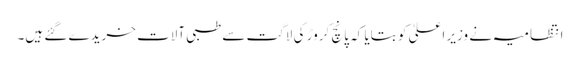
انتظامیہ نے وزیر اعلیٰ کو بتایا کہ پانچ کروڑ کی لاگت سے طبی آلات خریدے گئے ہیں۔